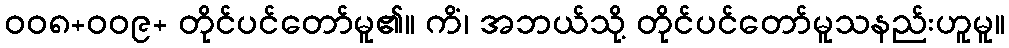
၀၀၈+၀၀၉+ တိုင်ပင်တော်မူ၏။ ကိံ၊ အဘယ်သို့ တိုင်ပင်တော်မူသနည်းဟူမူ။